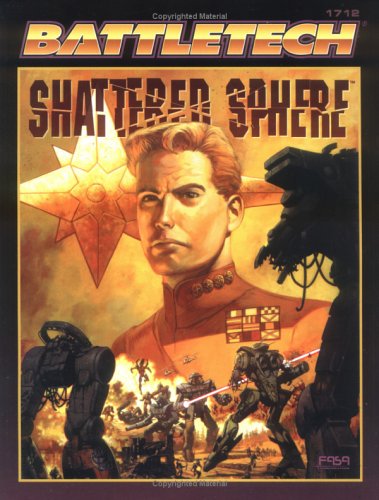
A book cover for Classic Battletech: Shattered Sphere (FAS1712) (Battletech Series, 1712); Diane Piron-Gelman; Science Fiction & Fantasy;